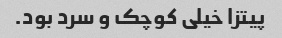
پیتزا خیلی کوچک و سرد بود.